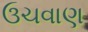
ઉચવાણ